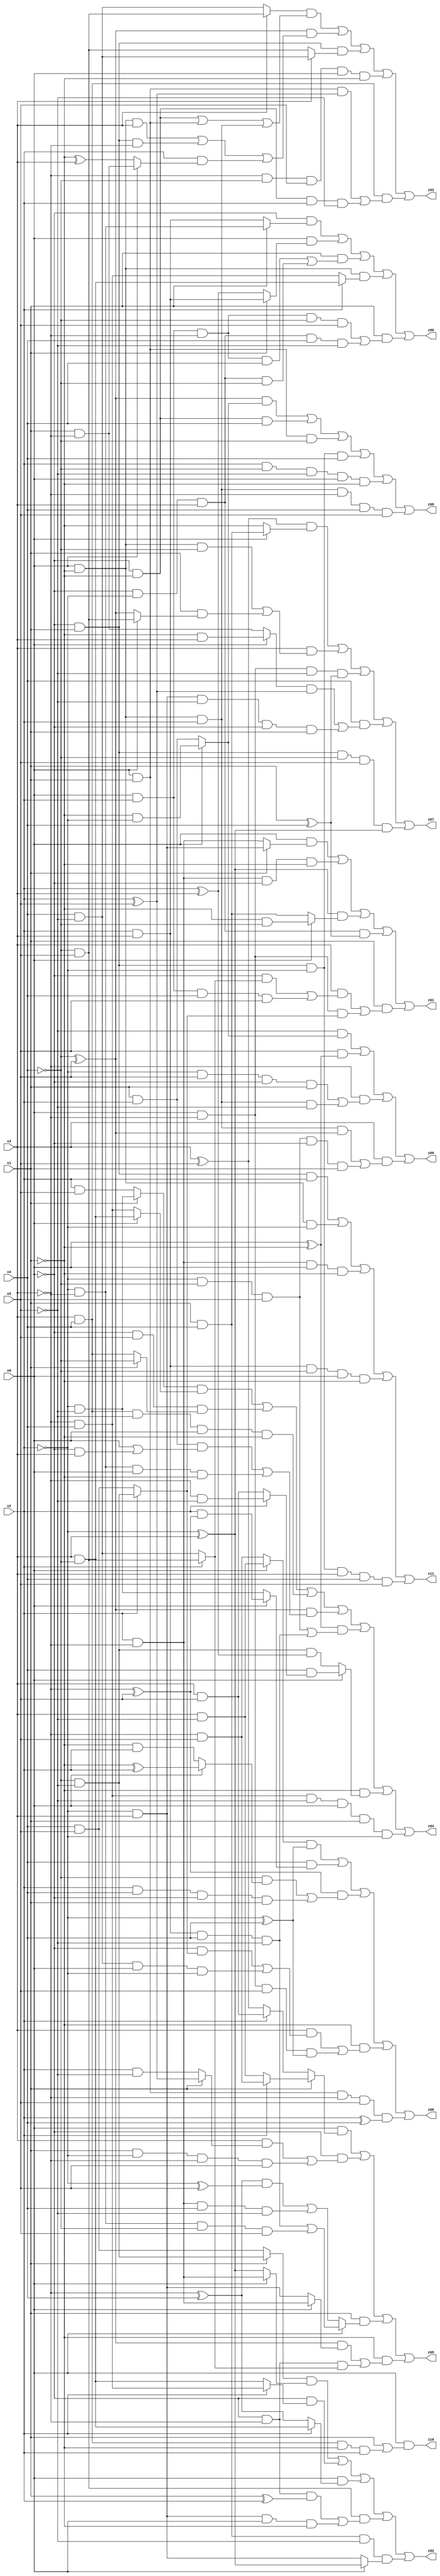
// Benchmark "X_20" written by ABC on Fri Jun 02 03:24:35 2023

module X_45 ( 
    x0, x1, x2, x3, x4, x5,
    z00, z01, z02, z03, z04, z05, z06, z07, z08, z09, z10, z11  );
  input  x0, x1, x2, x3, x4, x5;
  output z00, z01, z02, z03, z04, z05, z06, z07, z08, z09, z10, z11;
  assign z00 = (~x0 & (x1 ? (~x2 & ~x3) : (x2 & x3))) | (x0 & (x1 ? (x2 & x3) : (x2 ^ x3))) | (x1 & ((x0 & x2 & ~x3 & x4) | (~x0 & ~x2 & x3 & ~x4))) | (x0 & ~x1 & (x2 ? (x3 & ~x4) : (~x3 & x4))) | (x1 & ((x0 & x2 & ~x3 & ~x4 & x5) | (~x0 & ~x2 & x3 & x4 & ~x5)));
  assign z01 = (x0 & (x1 ? (~x2 & x3) : (x2 & ~x3))) | (x2 & ~x3 & ~x0 & ~x1) | ((~x2 ^ x3) & (x0 ? (~x1 & ~x4) : (x1 & x4))) | (~x0 & ~x2 & x3 & (x1 ^ x4)) | (x1 & ((x3 & ((~x0 & (x2 ? (~x4 & x5) : (x4 & ~x5))) | (x0 & x2 & x4 & x5))) | (x0 & ~x3 & (x2 ? (~x4 & ~x5) : (x4 & x5)))));
  assign z02 = ((x1 ? (~x4 & ~x5) : (x4 & x5)) & (x0 ? (x2 & ~x3) : (~x2 ^ x3))) | (~x0 & (x2 ? (~x3 & x4) : (x3 & ~x4))) | (x0 & (x2 ? (x3 & ~x4) : (~x3 ^ x4))) | (~x4 & x5 & ((~x0 & ~x3 & (x1 ^ x2)) | (~x2 & x3 & x0 & ~x1))) | (x1 & x4 & ~x5 & (x0 ? (~x2 ^ x3) : (~x2 & x3)));
  assign z03 = ((x3 ? (~x4 & x5) : (x4 & ~x5)) & ((~x0 & ~x1) | (x0 & x1) | (x0 & ~x1 & x2))) | ((~x4 ^ x5) & ((x0 & ~x1 & x3) | (~x0 & x1 & ~x3) | (x2 & (x0 ? (x1 & ~x3) : (~x1 ^ x3))))) | (~x0 & x1 & (x3 ? (x4 & ~x5) : (~x4 & x5))) | (~x3 & ~x4 & x5 & x0 & ~x1) | (x3 & x4 & ((x0 & x1 & (x2 ^ x5)) | (~x0 & ~x1 & x2 & ~x5)));
  assign z04 = ((x1 ? (~x2 & ~x5) : (x2 & x5)) & (x0 ? (x3 & ~x4) : (~x3 & x4))) | (~x0 & x5 & (x1 ? ~x4 : (x3 & x4))) | (x3 & x4 & ~x5 & x0 & ~x1) | ((~x4 ^ x5) & ((x1 & x2 & (x0 | (~x0 & x3))) | (~x2 & ~x3 & x0 & ~x1))) | ((x0 ^ ~x1) & ((~x2 & ~x4 & x5) | (x2 & x3 & x4 & ~x5))) | (~x1 & (x0 ? (x4 & (x2 ? (~x3 & ~x5) : (x3 & x5))) : (~x4 & ~x5 & (x2 ^ x3)))) | (~x3 & x4 & ~x5 & x0 & x1 & ~x2);
  assign z05 = (x0 & (x1 ? (x2 ? (~x3 & x5) : (x3 & ~x5)) : (x2 ? (x3 & x5) : (x3 ^ x5)))) | (~x0 & ((x3 & (x1 ? (x2 ^ x5) : (x2 & ~x5))) | (x1 & ~x2 & ~x3 & x5))) | (x1 & (x0 ? ((x2 & x3 & x4 & ~x5) | (~x2 & ~x3 & ~x4 & x5)) : (((~x3 ^ x4) & (~x2 ^ x5)) | (x2 & ~x3 & x4 & ~x5)))) | (~x1 & (((~x4 ^ x5) & (x0 ? (x2 & ~x3) : (~x2 & x3))) | (~x0 & ~x3 & (x2 ? (~x4 & x5) : (x4 & ~x5)))));
  assign z06 = ((x0 ? (x3 & ~x5) : (~x3 & x5)) & (~x2 ^ x4)) | (x4 & (x0 ? (x2 & (~x3 ^ x5)) : (~x2 & ~x5))) | ((~x3 ^ x5) & ((~x4 & (x0 ? (~x1 ^ x2) : (~x1 & x2))) | (x2 & x4 & ~x0 & x1))) | (~x1 & ((x3 & ((~x0 & (x2 ? (~x4 & ~x5) : (x4 & x5))) | (x4 & ~x5 & x0 & ~x2))) | (x0 & ~x3 & x5 & (~x2 ^ x4)))) | (x0 & x1 & ~x3 & x5 & (x2 ^ x4));
  assign z07 = ((x3 ^ x5) & (x0 ? (x1 & x4) : ~x1)) | (x3 & ((x0 & ~x1 & ~x4) | (x1 & (x0 ? (~x4 & x5) : (~x4 ^ x5))))) | (x0 & ~x3 & ~x5 & (x1 ^ x4)) | (x4 & (((x0 ? (~x1 & x3) : (x1 & ~x3)) & (x2 ^ x5)) | (~x2 & x3 & ~x5 & ~x0 & x1))) | (~x0 & x1 & ~x4 & x5 & (~x2 ^ x3));
  assign z08 = ((~x4 ^ x5) & (x0 ? (~x1 & ~x2) : (x1 & x2))) | (~x0 & ~x1 & x4) | (x0 & x1 & ~x4) | (~x0 & x1 & ~x2 & x4) | (x2 & ~x4 & ~x5 & x0 & ~x1) | (x0 & ~x1 & x2 & ~x3 & x4 & x5);
  assign z09 = (~x5 & (x0 ? (~x1 & ~x2) : (x1 & x2))) | (x5 & (x0 ^ ~x1)) | (~x3 & ((~x2 & x5 & ~x0 & x1) | (x0 & ~x1 & x2 & ~x5))) | (x3 & ((x0 & ~x1 & x2 & (~x4 ^ x5)) | (~x2 & ~x4 & x5 & ~x0 & x1)));
  assign z10 = x0 & (x1 | (x3 & x4 & ~x1 & x2));
  assign z11 = (~x0 & x1 & x2) | (x0 & ~x1 & ~x2) | (x2 & ~x3 & x0 & ~x1) | (x2 & x3 & ~x4 & x0 & ~x1) | (~x0 & x1 & ~x2 & x3 & x4 & x5);
endmodule